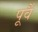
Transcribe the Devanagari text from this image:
पूर्वै